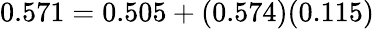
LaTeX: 0.571=0.505+(0.574)(0.115)